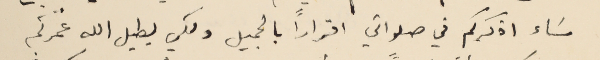
مسَاء اذكركم في صلواتي اقراراً بالجميل ولكي يطيل الله عُمْركم